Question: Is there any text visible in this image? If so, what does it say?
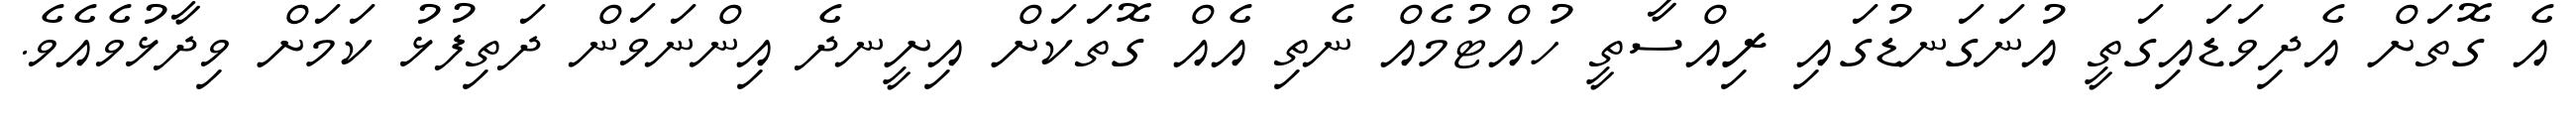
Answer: އެ ގޮތަށް އެދިވަޑައިގަތީ އުނަގަނޑުގައި ރިއްސާތީ ހުއްޓުމެއް ނެތި އެއް ގޮތަކަށް އިށީނދެ އިންނަވަން ދަތިފުޅު ކަމަށް ވިދާޅުވެއެވެ.